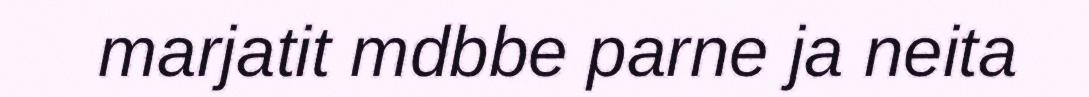
marjatit mdbbe parne ja neita